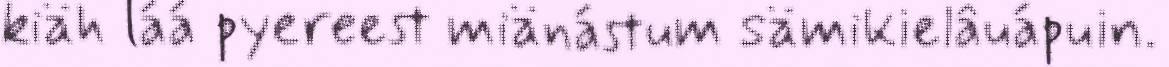
kiäh láá pyereest miänástum sämikielâuápuin.